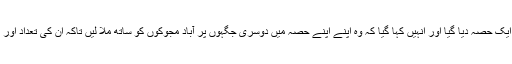
ہر وڑی کو رقبہ کا ایک حصہ دیا گیا اور انہیں کہا گیا کہ وہ اپنے اپنے حصہ میں دوسری جگہوں پر آباد مجوکوں کو ساتھ ملا لیں تاکہ ان کی تعداد اور طاقت میں اضافہ ہو۔